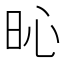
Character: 𣅵